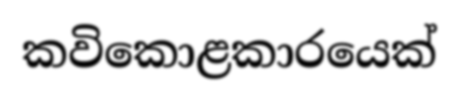
කවිකොළකාරයෙක්